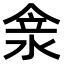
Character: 𠊺